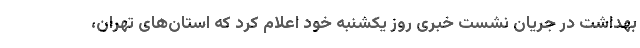
بهداشت در جریان نشست خبری روز یکشنبه خود اعلام کرد که استان‌های تهران،